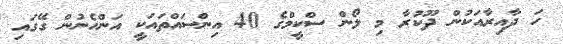
ހަ ދާއިރާއަކުން ދޫކުރާ މި ލޯން ސްކީމްގެ 40 އިންސައްތައަކީ އަންހެނުން ގޭގައި